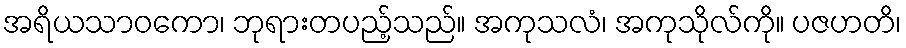
အရိယသာဝကော၊ ဘုရားတပည့်သည်။ အကုသလံ၊ အကုသိုလ်ကို။ ပဇဟတိ၊